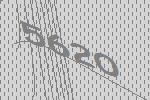
5620